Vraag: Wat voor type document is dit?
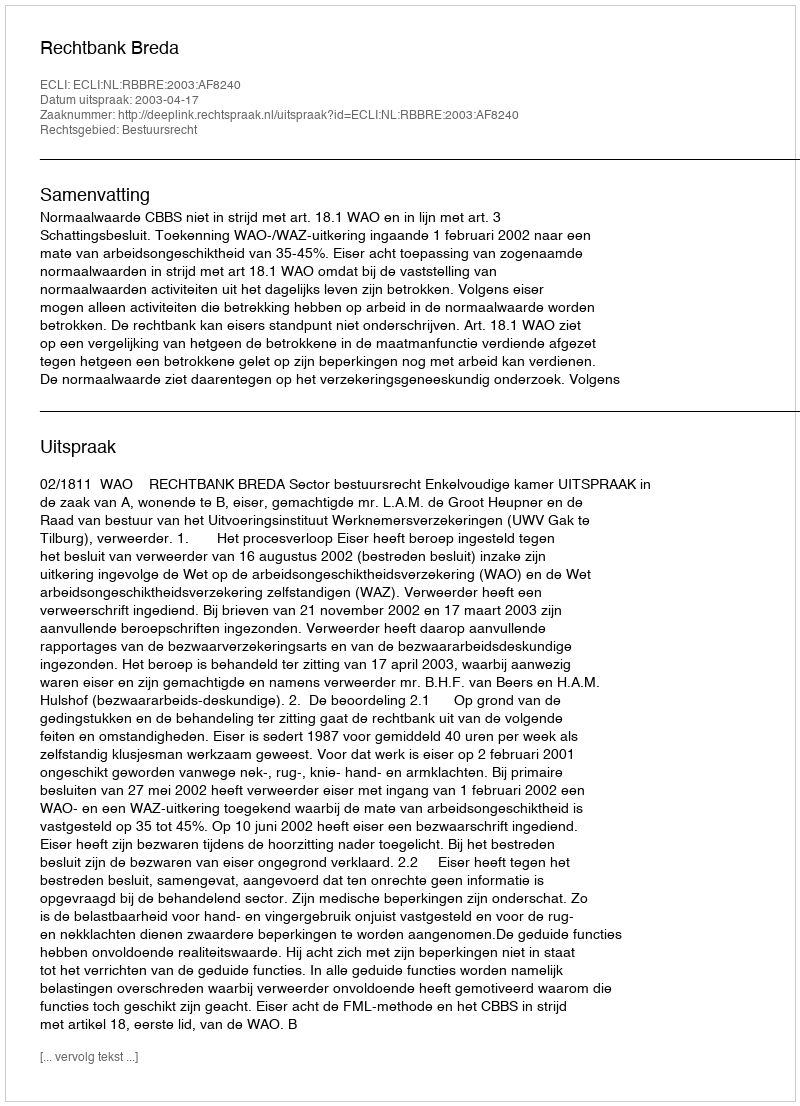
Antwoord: Uitspraak